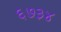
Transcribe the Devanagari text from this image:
६७३४